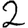
Digit: 2